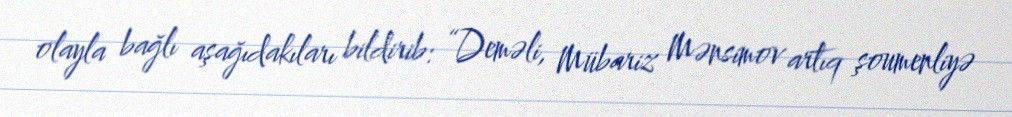
olayla bağlı aşağıdakıları bildirib: “Deməli, Mübariz Mənsimov artıq şoumenliyə